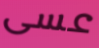
عسى